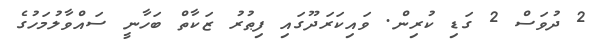
2 ދުވަސް 2 ގަޑި ކުރިން. ވައިކަރަދޫގައި ފިޠުރު ޒަކާތް ބަހާނީ ސައްވާލުމަހުގެ